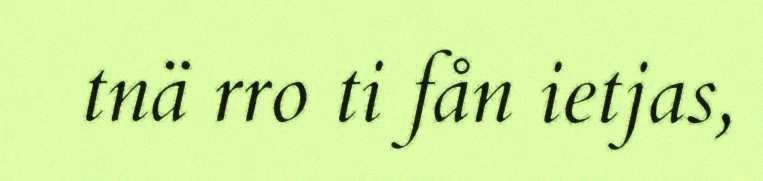
tnä rro ti fån ietjas,